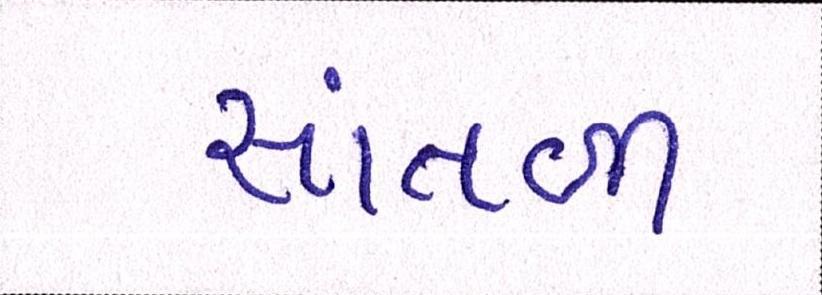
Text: સાંતળી